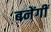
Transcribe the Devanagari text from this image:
बनेंगीं